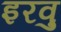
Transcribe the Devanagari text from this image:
इरवु